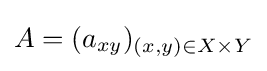
A=(a_{xy})_{(x,y)\in X\times Y}